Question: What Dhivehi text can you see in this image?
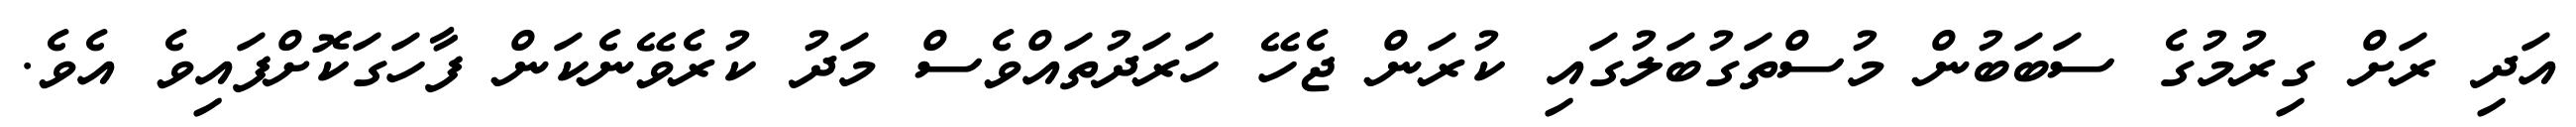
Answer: އަދި ރަށް ގިރުމުގެ ސަބަބުން މުސްތަގުބަލުގައި ކުރަން ޖެހޭ ހަރަދުތައްވެސް މަދު ކުރެވޭނެކަން ފާހަގަކޮށްފައިވެ އެވެ.